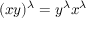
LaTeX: ( x y ) ^ { \lambda } = y ^ { \lambda } x ^ { \lambda }